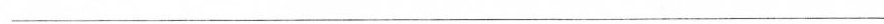
——————————